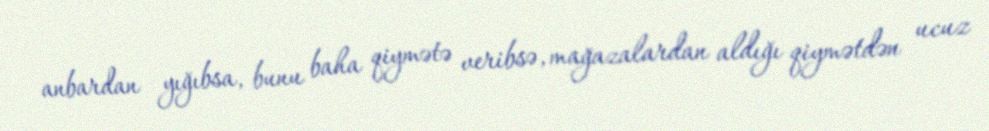
anbardan yığıbsa, bunu baha qiymətə veribsə, mağazalardan aldığı qiymətdən ucuz